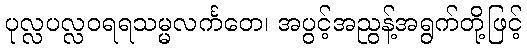
ပုလ္လပလ္လဝရရသမ္မလင်္ကတေ၊ အပွင့်အညွန့်အရွက်တို့ဖြင့်